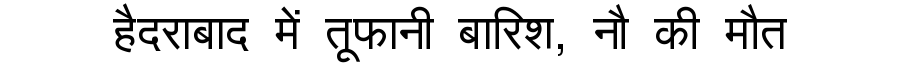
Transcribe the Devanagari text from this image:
हैदराबाद में तूफानी बारिश, नौ की मौत